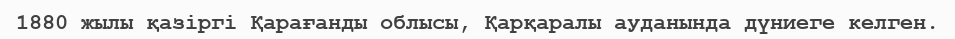
1880 жылы қазіргі Қарағанды облысы, Қарқаралы ауданында дүниеге келген.